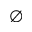
\varnothing